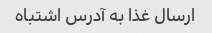
ارسال غذا به آدرس اشتباه